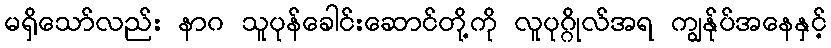
မရှိသော်လည်း နာဂ သူပုန်ခေါင်းဆောင်တို့ကို လူပုဂ္ဂိုလ်အရ ကျွန်ုပ်အနေနှင့်